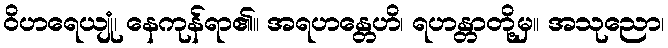
ဝိဟရေယျုံ၊ နေကုန်ရာ၏။ အရဟန္တေဟိ၊ ရဟန္တာတို့မှ။ အသုညော၊